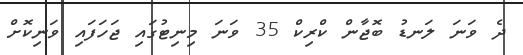
ދެ ވަނަ ލަނޑު ބޮޖާން ކްރިކް 35 ވަނަ މިނިޓުގައި ޖަހަފައި ވަނިކޮށް